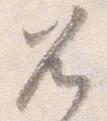
兀